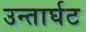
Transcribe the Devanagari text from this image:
उन्तार्घट